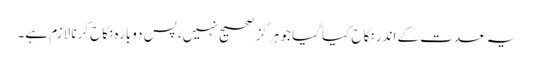
یہ عدت کے اندر نکاح کیا گیا جو ہرگز صحیح نہیں، پس دوبارہ نکاح کرنا لازم ہے۔